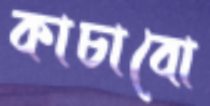
কাচাবো